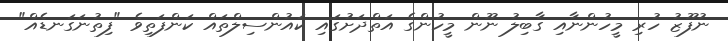
ނުފޫޒު ހުރި މީހުންނާއި ގާބިލު ނޫން މީހުންގެ އަތްދަށުގައި ކައުންސިލްތައް ކަންފަތިވެ "ފިތުނަގަނޑެއް"